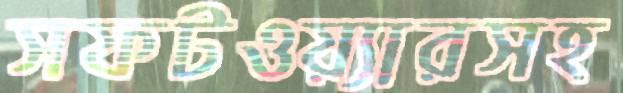
সফটওয়্যারসহ